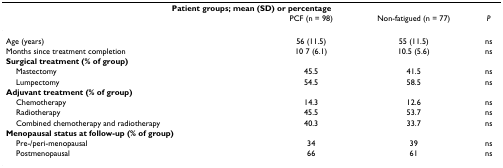
<table><thead><tr><td colspan="4"><b>Patient groups; mean (SD) or percentage</b></td></tr><tr><td></td><td><b>PCF (n = 98)</b></td><td><b>Non-fatigued (n = 77)</b></td><td><b><i>P</i></b></td></tr></thead><tbody><tr><td>Age (years)</td><td>56 (11.5)</td><td>55 (11.5)</td><td>ns</td></tr><tr><td>Months since treatment completion</td><td>10 7 (6.1)</td><td>10.5 (5.6)</td><td>ns</td></tr><tr><td><b>Surgical treatment (% of group)</b></td><td></td><td></td><td></td></tr><tr><td> Mastectomy</td><td>45.5</td><td>41.5</td><td>ns</td></tr><tr><td> Lumpectomy</td><td>54.5</td><td>58.5</td><td>ns</td></tr><tr><td><b>Adjuvant treatment (% of group)</b></td><td></td><td></td><td></td></tr><tr><td> Chemotherapy</td><td>14.3</td><td>12.6</td><td>ns</td></tr><tr><td> Radiotherapy</td><td>45.5</td><td>53.7</td><td>ns</td></tr><tr><td> Combined chemotherapy and radiotherapy</td><td>40.3</td><td>33.7</td><td>ns</td></tr><tr><td><b>Menopausal status at follow-up (% of group)</b></td><td></td><td></td><td></td></tr><tr><td> Pre-/peri-menopausal</td><td>34</td><td>39</td><td>ns</td></tr><tr><td> Postmenopausal</td><td>66</td><td>61</td><td>ns</td></tr></tbody></table>